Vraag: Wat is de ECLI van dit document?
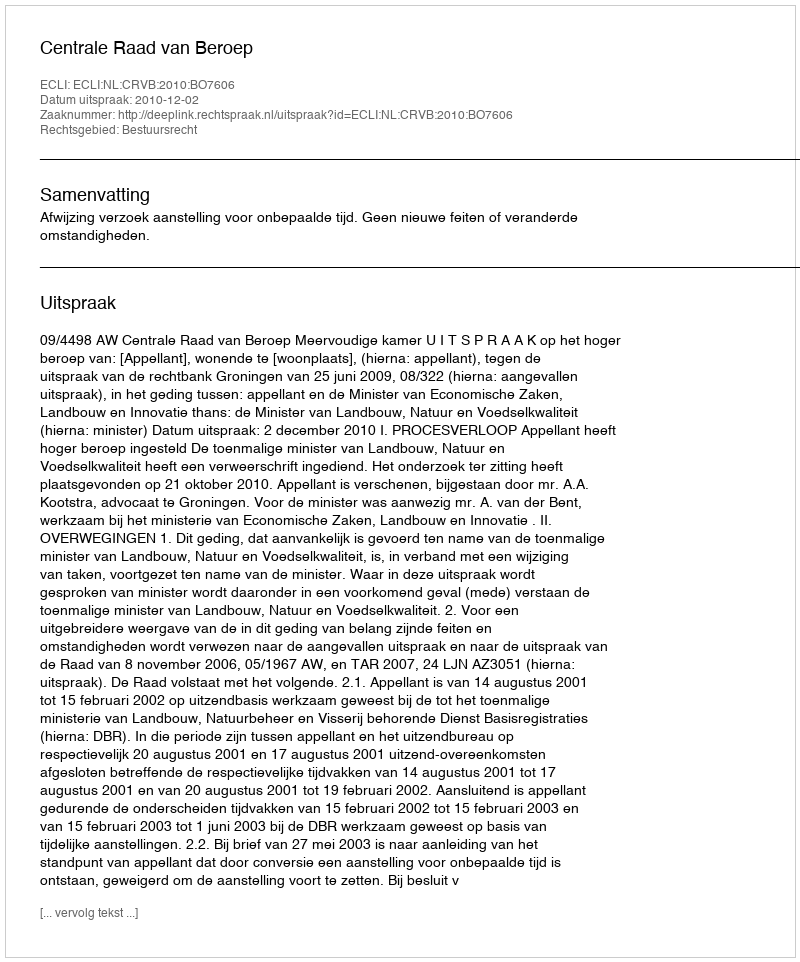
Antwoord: ECLI:NL:CRVB:2010:BO7606